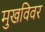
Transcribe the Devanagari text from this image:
मुखविवर